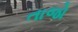
તાજો